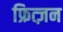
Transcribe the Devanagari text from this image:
फ्रित्ज़न